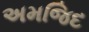
અમજિદ